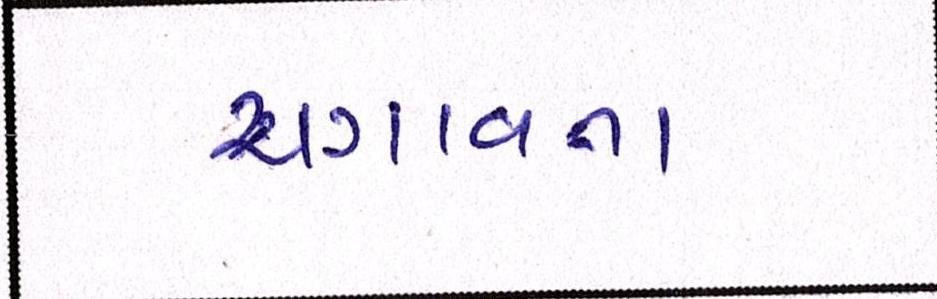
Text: ચગાવતા